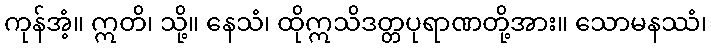
ကုန်အံ့။ ဣတိ၊ သို့။ နေသံ၊ ထိုဣသိဒတ္တပုရာဏတို့အား။ သောမနဿံ၊